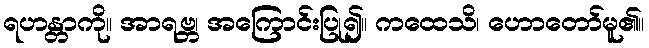
ရဟန္တာကို။ အာရဗ္ဘ၊ အကြောင်းပြု၍။ ကထေသိ၊ ဟောတော်မူ၏။